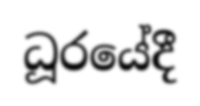
ධූරයේදී